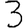
Digit: 3